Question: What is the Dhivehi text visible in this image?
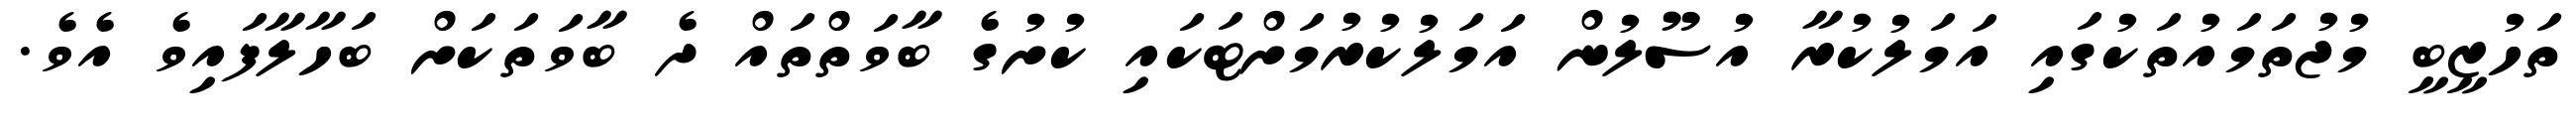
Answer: ތަހުޒީބީ މުޖުތަމައުތަކުގައި އަމަލުކުރާ އުސޫލުން އަމަލުކުރުމަށްޓަކައި ކުށުގެ ބާވަތްތައް ދެ ބާވަތަކަށް ބަހާލާފައިވެ އެވެ.